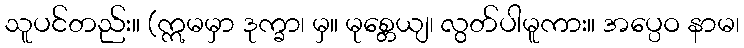
သူပင်တည်း။ (ဣမမှာ ဒုက္ခာ၊ မှ။ မုစ္တေယျ၊ လွတ်ပါမူကား။ အပ္ပေဝ နာမ၊